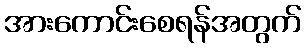
အားကောင်းစေရန်အတွက်